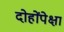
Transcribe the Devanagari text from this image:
दोहोंपेक्षा